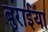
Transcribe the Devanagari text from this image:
बुरार्इया